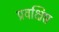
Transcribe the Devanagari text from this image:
प्रवक्षिप्त